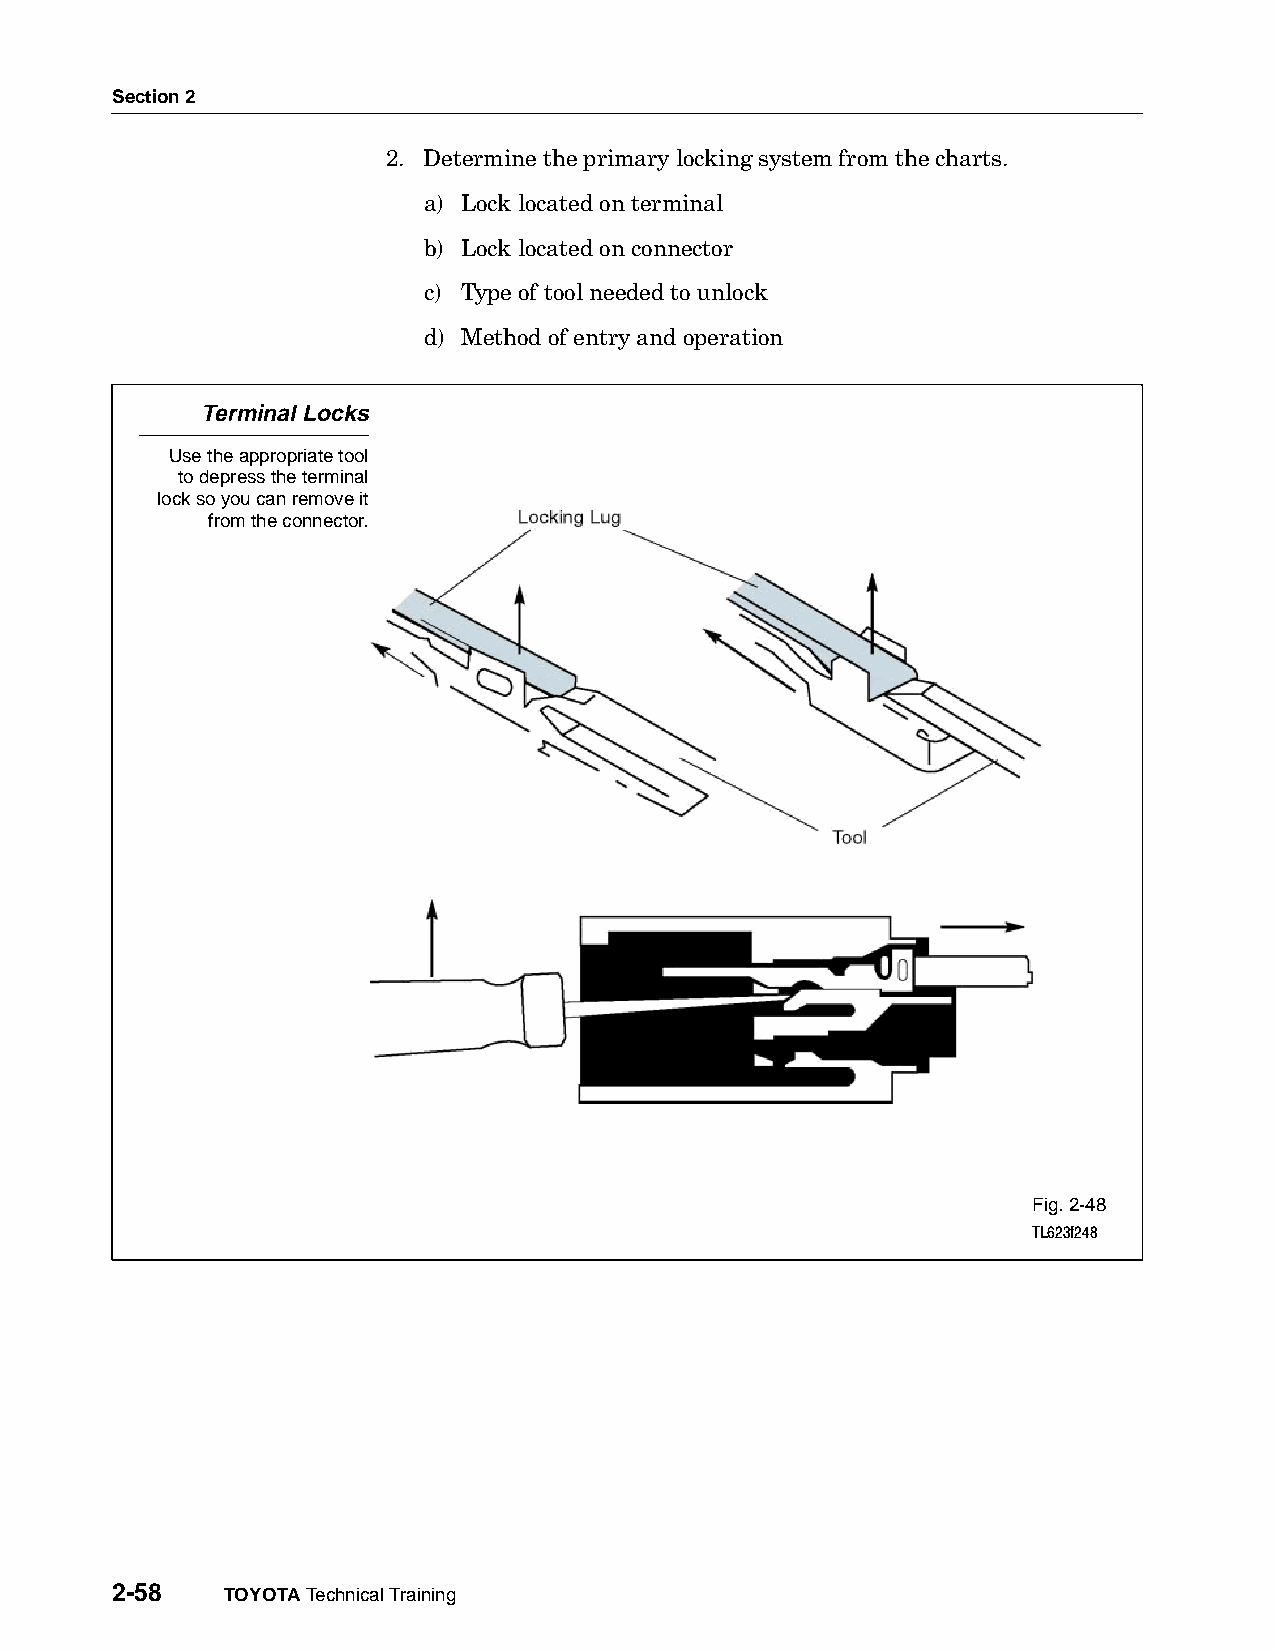
Section 2
 2. Determine the primary locking system from the charts.
 a) Lock located on terminal
 b) Lock located on connector
 c) Type of tool needed to unlock
 d) Method of entry and operation
 Terminal Locks
 Use the appropriate tool
 to depress the terminal
 lock so you can remove it
 from the connector.
 Fig. 2-48
 TL623f248
 2-58    TOYOTA Technical Training